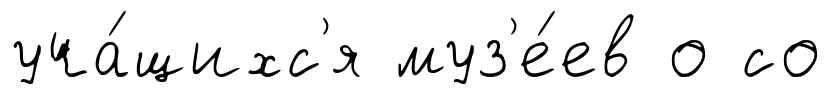
уча́щихс'я муз'е́ев о со